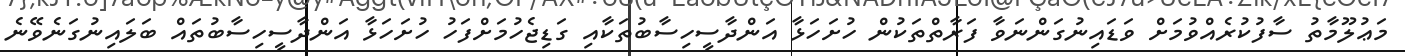
މަޢުލޫމާތު ސާފުކުރެއްވުމަށް ވަޑައިނުގަންނަވާ ފަރާތްތަކުން ހުށަހަޅާ އަންދާސީހިސާބުތަކާއި ގަޑިޖެހުމަށްފަހު ހުށަހަޅާ އަންދާސީހިސާބުތައް ބަލައިނުގަނެވޭނެ